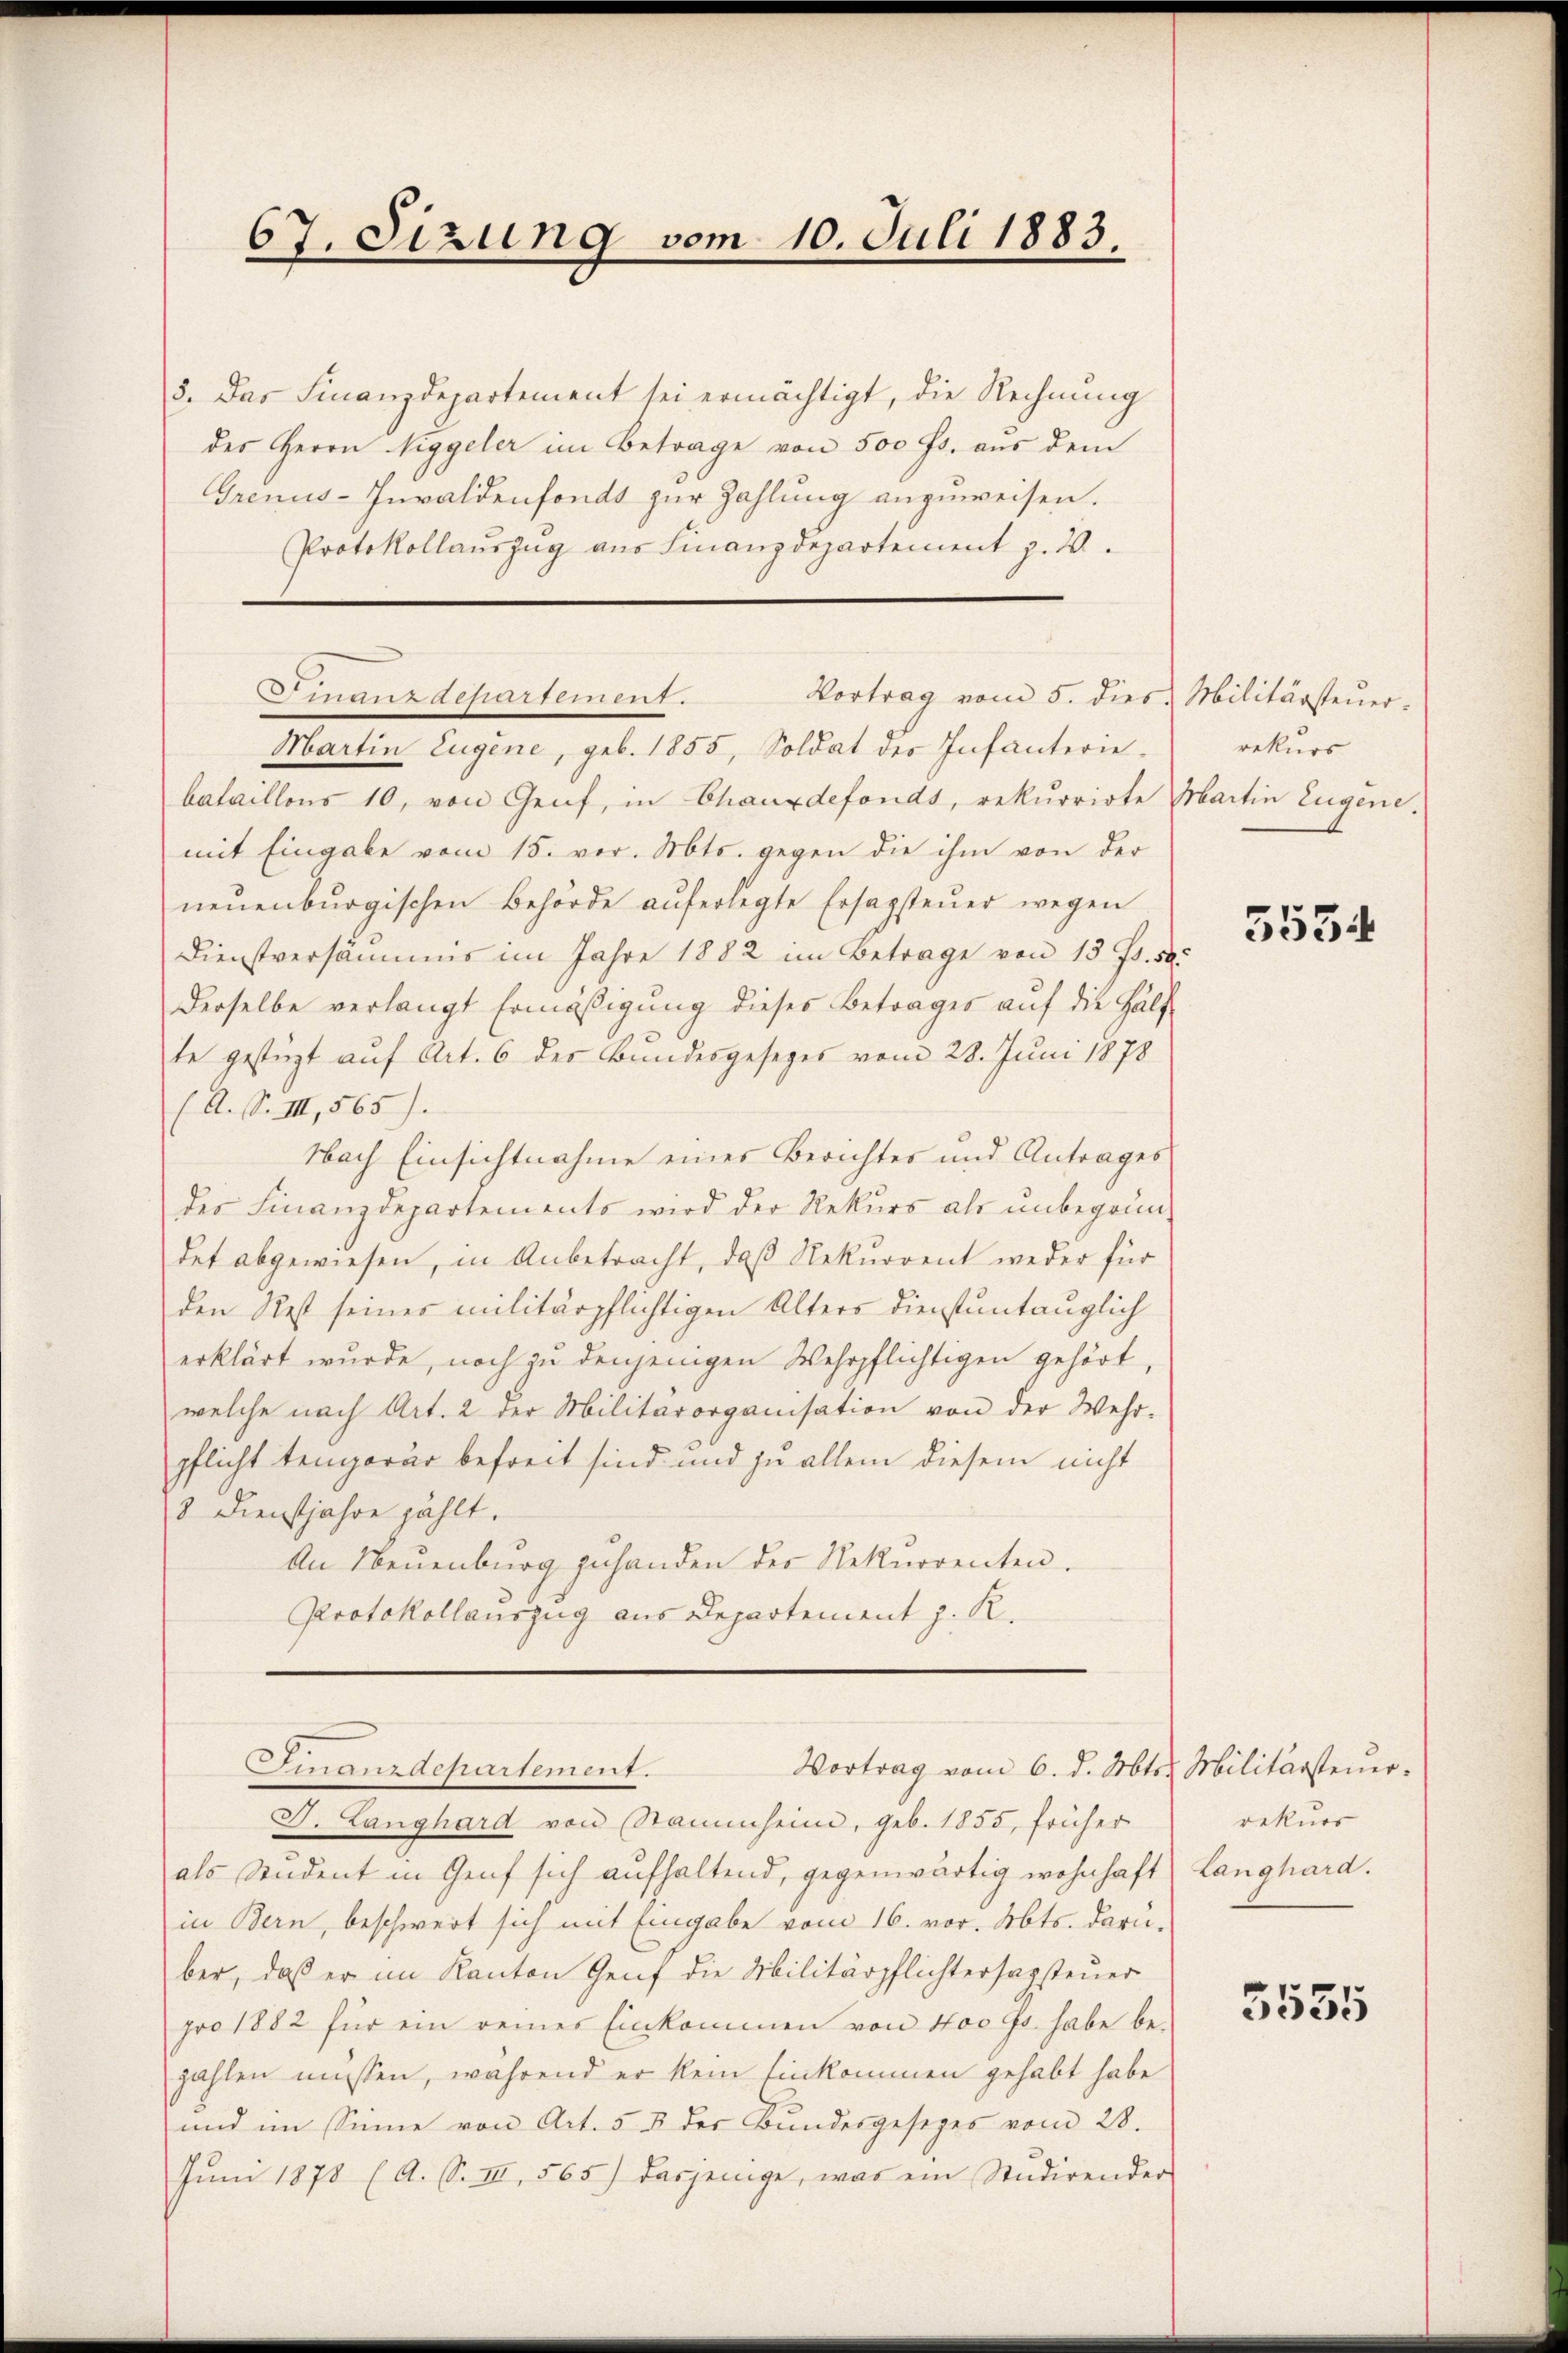
67. Sizung vom 10. Juli 1883.

5. Das Finanzdepartement sei ermächtigt, die Rechnung
des Herrn Niggeler im Betrage von 500 Fr. aus dem
Grenus-Inwaldenfonds zur Zahlung anzuweisen.
Protokollaŭszŭg aŭs Finanzdepartement p. 20.
bataillons 10, von Genf, in Chauxdefonds, rekurrirte Martin Eugene.
mit Eingabe vom 15. vor. Mts. gegen die ihm von der
neuenburgischen Behörde auferlegte Ersagsteŭer wegen
Dienstversäumis im Jahre 1882 im Betrage von 13 f. 52.
derselbe verlangt Ermäßigung dieses Betrages aŭf die Hälf
te gestüzt auf Art. 6 des Bundesgesezes vom 28. Juni 1878
(A. S. III, 565).
Nach Einsichtnahme eines Berichtes und Antrages
der Finanzdepartements wird der Rekŭrs als ŭnbegrün-
det abgewiesen, in Anbetracht, daß Rekurrent weder für
den Rest seines militärpflichtigen Alters dienstuntauglich
erklärt wurde, noch zu denjenigen Wehrpflichtigen gehört,
welche nach Art. 2 der Militärorganisation von der Wehr-
pflicht tengerer befreit sind und zu allem diesem nicht
3 Dienstjahre zählt.
An Neuenburg zuhanden der Rekurrenten.
Protokollauszug aus Departement z. R.
Finanzdepartement.
Vortrag vom 6. d. Mts. Militärsteuer-
J. Langhard von Stammheim, geb. 1855, früher
als Student in Genf sich aŭfhaltend, gegenwärtig wohnhaft Langhard.
in Bern, beschwert sich mit Eingabe vom 16. vor. Mts. Daruber, daß er im Kanton Genf die Militärpflichtersagsteuer
pro 1882 für ein reines Einkommen von 400 Gs. habe be-
zahlen müssen, während er kein Einkommen gehabt habe
und im Sinne von Art. 53 der Bundesgesezes vom 28.
Jŭni 1878 (A. S. III 565) dasjenige, was ein Studirender

Finanzdepartement.
Vortrag vom 5. dies Militärsteuer¬
Martin Eugene, geb. 1855, Soldat des Infanterie¬

rekurs

5534

rekurs

5555